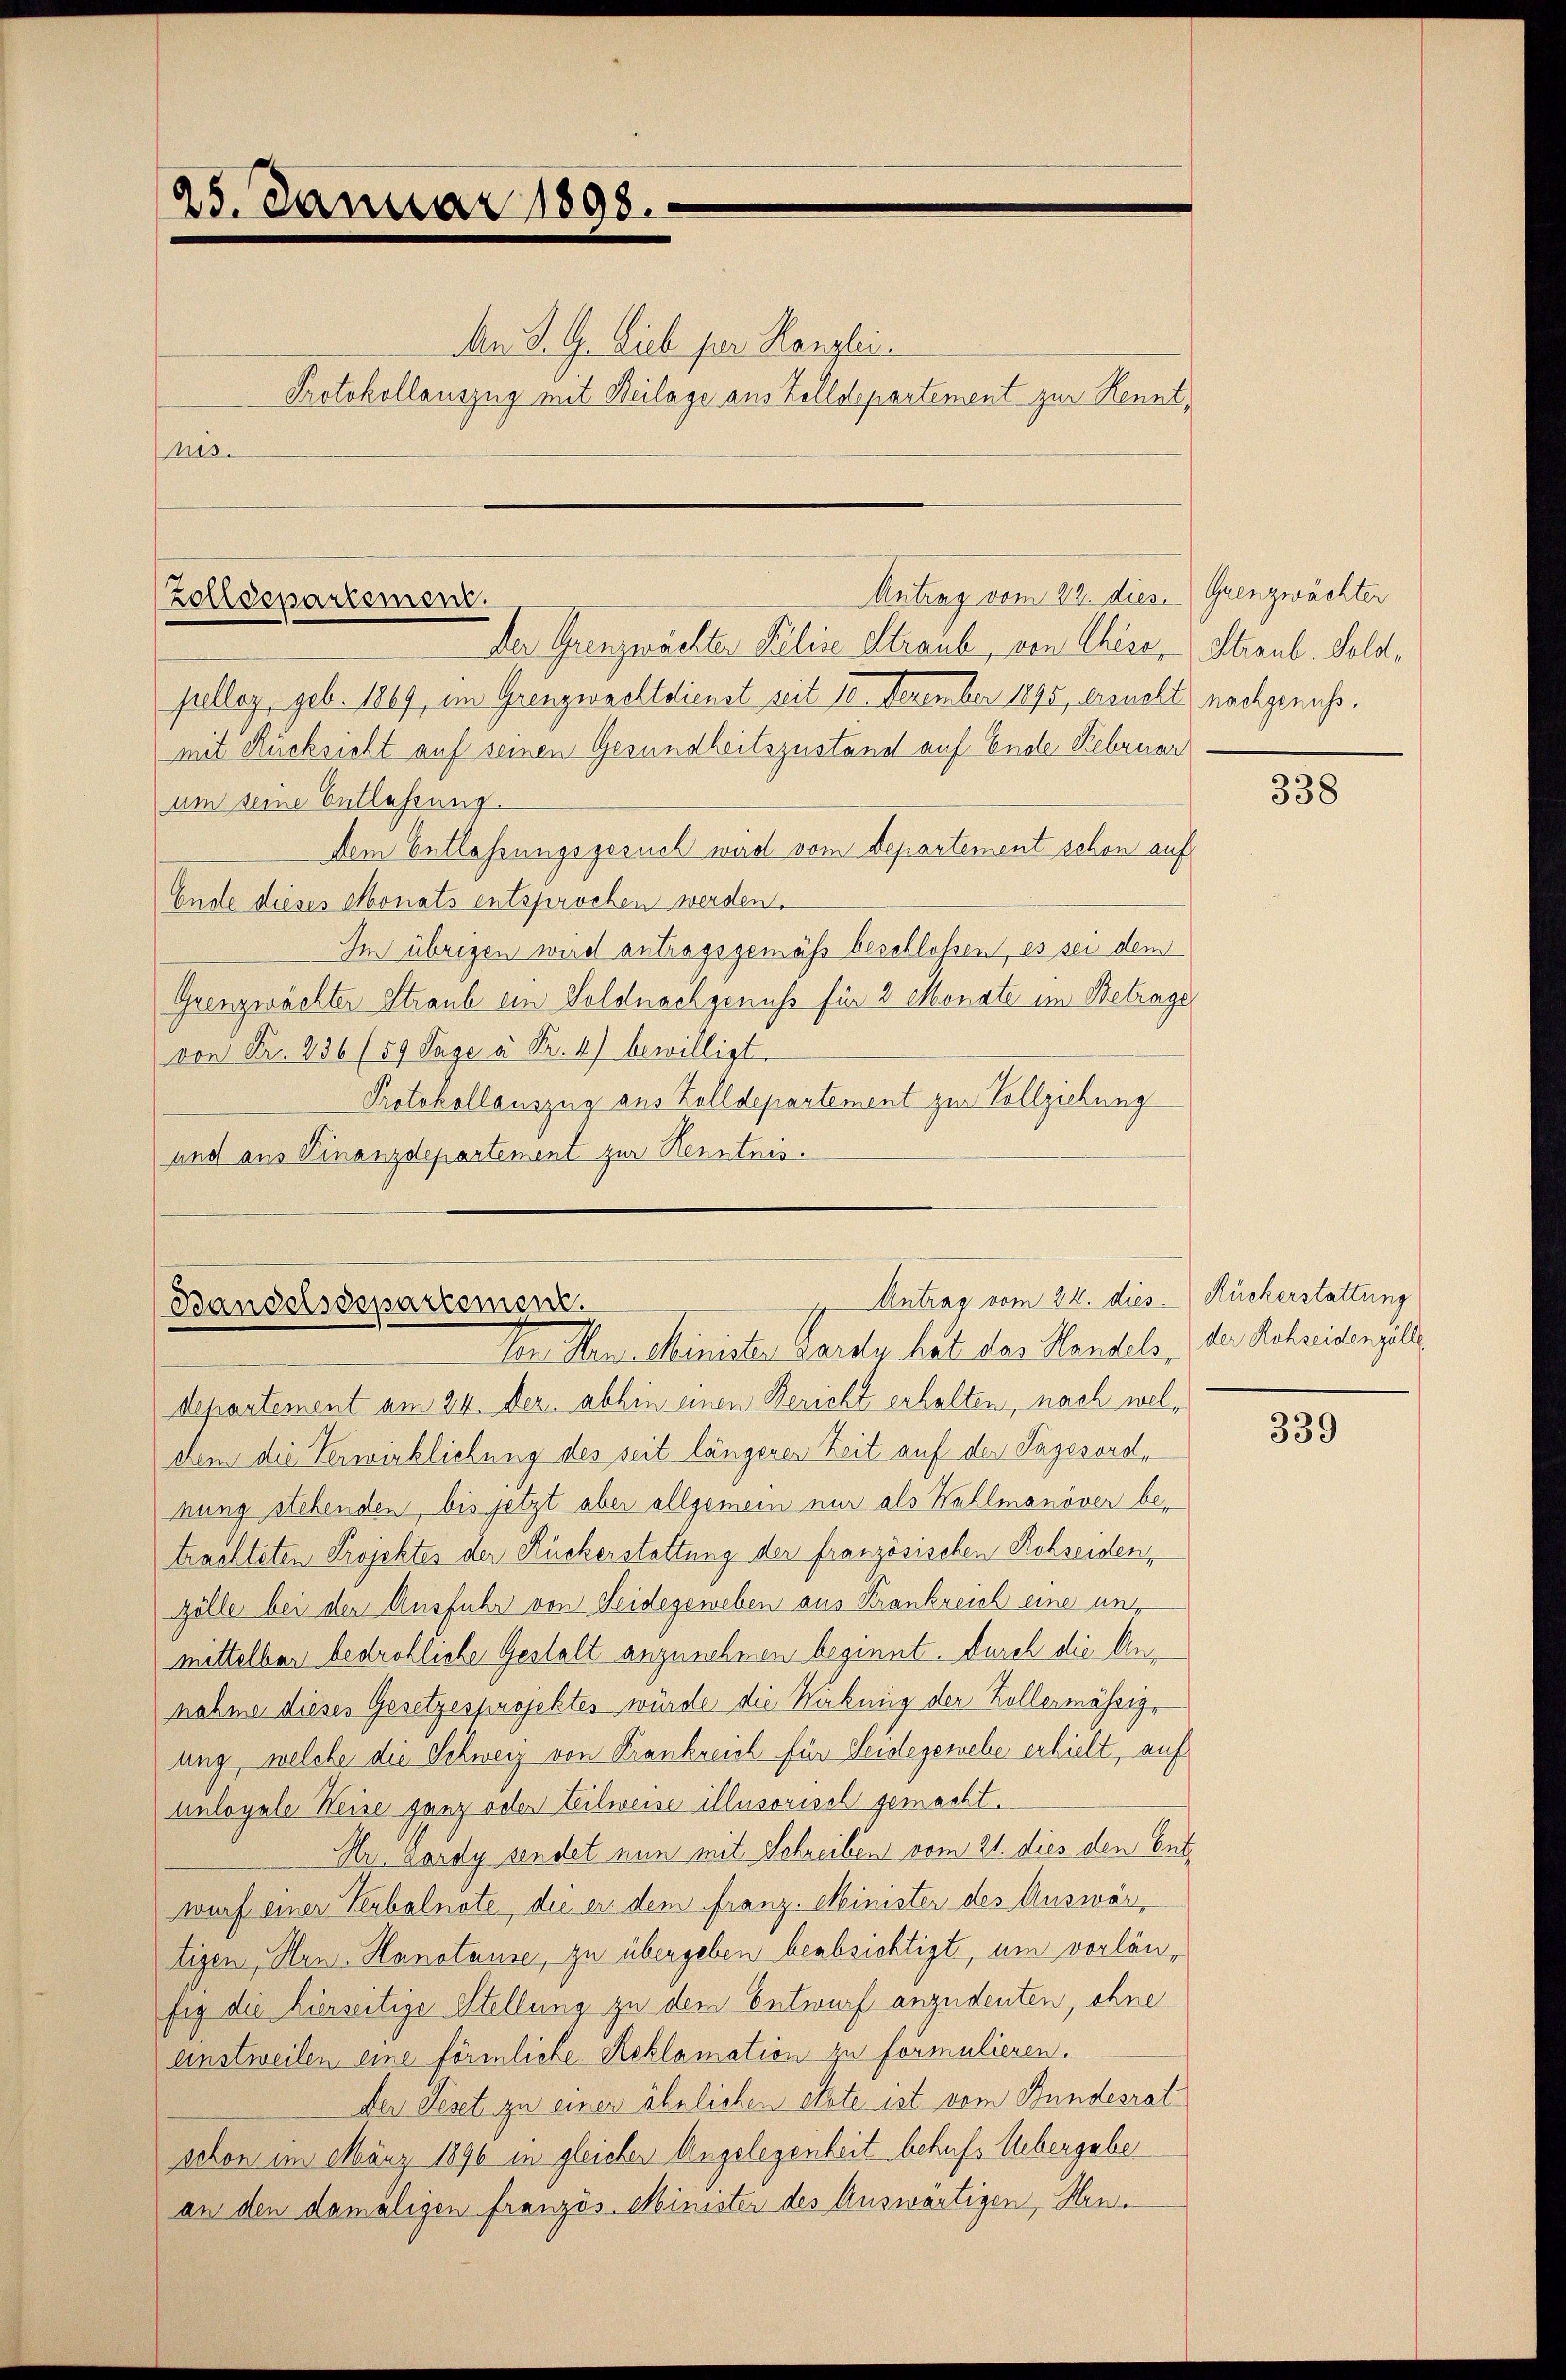
25. Januar 1898.

nis.

Antrag vom 22. dies. Grenzwächter
Zolldepartement.

An S. G. Sieb pr. Kanzlei.
Protokollauszug mit Beilage aus Zolldepartement zur Kennt¬

Der Grenzwachter Filia Straub, von Chese Stirnb. Solofulleg, geb. 1869, im Grenzwachtdienst seit 10. Dezember 1890, ersucht nachgenuss.
mit Rücksicht auf seinen Gesundheitszustand auf Ende Februar
um seine Entlassung.
dem Entlassungsgesuch wird vom Departement schon auf
Ende dieses Monats entsprochen werden.
Im übrigen wird antragsgemäß beschlossen, es sei dem
Grenzwächter Straub ein Soldnachgenuss für 2 Monate im Betrage
von Fr. 256 (59 Tage à Fr. 4) bewilligt.
Protokollauszug aus Zolldepartement zur Vollziehung
und aus Finanzdepartement zur Kenntnis.

Bandelsdepartement.
Den Hrn. Minister Lardy hat des Handels, der Schweidenzel

Antrag vom 24. dies. Ruckerstattung

departement am 24. Dez. abhin einen Bericht erhalten, nach weldhem die Verwirklichung des seit längerer Zeit auf der Sagesordnung stehenden, bis jetzt aber allgemein nur als Wahlmanöver betrachteten Projektes der Rückerstattung der französischen Rohseiden,
zölle bei der Ausfuhr von Seidegeweben aus Frankreich eine unt
mittelbar bedrohliche Gestalt anzunehmen beginnt. Durch die Annahme dieses Gesetzesprojektes würde die Wirkmie der Zollermässige
ung, welche die Schweiz von Frankreich für Seidegesehe erhielt, auf
unloyale Weise ganz oder Eilweise illusorisch gemacht.
Hr. Lardy sendet nun mit Schreiben vom 21. dies den Ent
wurf einer Verbalnote, die er dem franz-Minister des Auswärtigen, Hrn. Hanotause, zu übergeben beabsichtigt, um vorlänfig die hierseitige Stellung zu dem Entwurf anzudenten, ohne
einstweilen eine förmliche Reklamation zu formulieren.
Der Geset zu einen ähnlichen etzte ist vom Bundesrat
schon im März 1890 in gleicher Angelegenheit behufs Uebergabe
an den damaligen französ. Minister des Auswärtigen, Hin¬

338

339